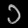
Digit: ၁